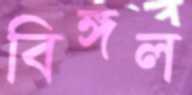
বিঙ্গল